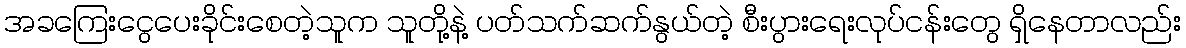
အခကြေးငွေပေးခိုင်းစေတဲ့သူက သူတို့နဲ့ ပတ်သက်ဆက်နွယ်တဲ့ စီးပွားရေးလုပ်ငန်းတွေ ရှိနေတာလည်း